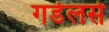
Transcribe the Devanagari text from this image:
गर्डलर्स